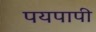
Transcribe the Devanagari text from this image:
पयपापी